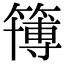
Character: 簙